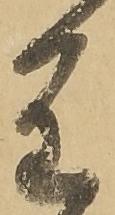
重